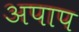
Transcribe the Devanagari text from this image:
अपाप